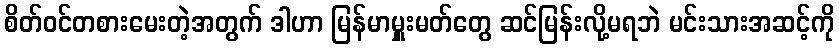
စိတ်ဝင်တစားမေးတဲ့အတွက် ဒါဟာ မြန်မာမှူးမတ်တွေ ဆင်မြန်းလို့မရဘဲ မင်းသားအဆင့်ကို